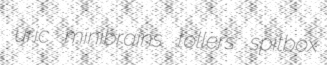
uric minibrains tollers spitbox